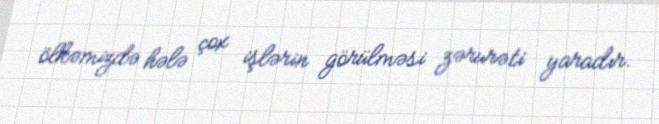
ölkəmizdə hələ çox işlərin görülməsi zərurəti yaradır.